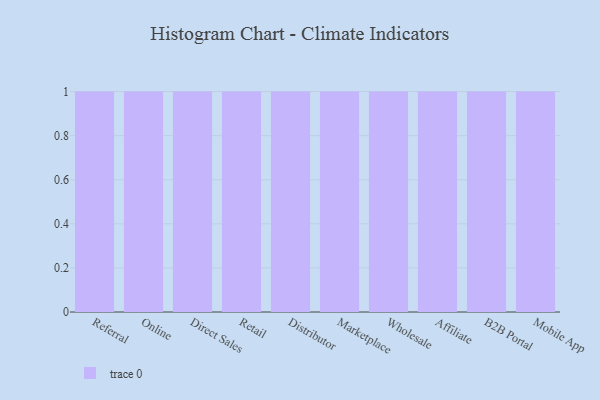
{"axis": {"x": "Channel", "y": "Satisfaction Score"}, "legend": [""], "data": [{"x": "Referral", "y": 31, "type": ""}, {"x": "Online", "y": 44, "type": ""}, {"x": "Direct Sales", "y": 35, "type": ""}, {"x": "Retail", "y": 84, "type": ""}, {"x": "Distributor", "y": 48, "type": ""}, {"x": "Marketplace", "y": 93, "type": ""}, {"x": "Wholesale", "y": 13, "type": ""}, {"x": "Affiliate", "y": 34, "type": ""}, {"x": "B2B Portal", "y": 38, "type": ""}, {"x": "Mobile App", "y": 85, "type": ""}]}